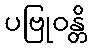
ပဗြုဝန္တိ